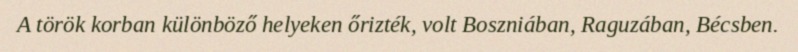
A török korban különböző helyeken őrizték, volt Boszniában, Raguzában, Bécsben.